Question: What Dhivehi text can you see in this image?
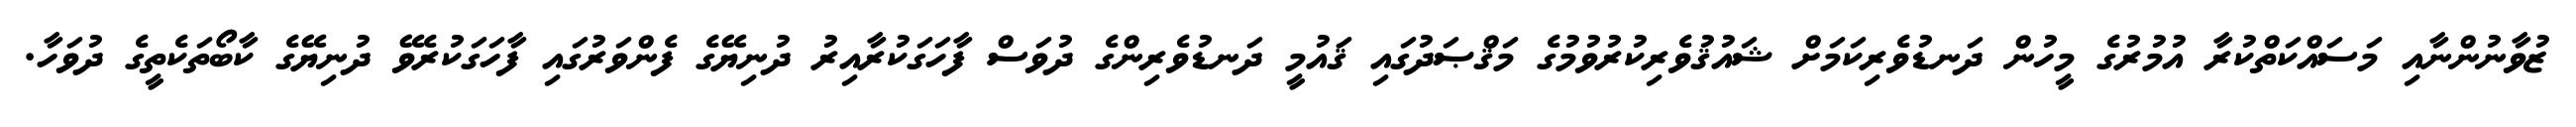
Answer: ޒުވާނުންނާއި މަސައްކަތްކުރާ އުމުރުގެ މީހުން ދަނޑުވެރިކަމަށް ޝައުޤުވެރިކުރުވުމުގެ މަޤްޞަދުގައި ޤައުމީ ދަނޑުވެރިންގެ ދުވަސް ފާހަގަކުރާއިރު ދުނިޔޭގެ ފެންވަރުގައި ފާހަގަކުރެވޭ ދުނިޔޭގެ ކާބޯތަކެތީގެ ދުވަހާ.